Annual report on the lock hospitals of the Madras Presidency
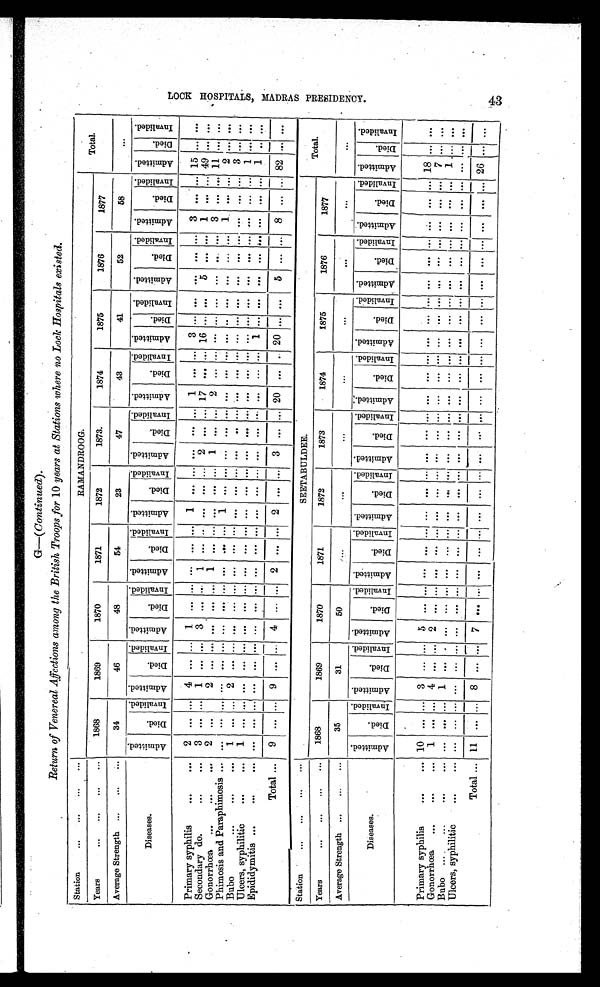
Return of Venereal Affections among the British Troops for 10 years at Stations where no Lock Hospitals existed.
Station
... ... ... ...
RAMANDROOG.
Total.
Years
... ... ... ...
1868
1869
1870
1871
1872
1873.
1874
1875
1876
1877
Average Strength ... ... ...
34
46
48
54
23
47
43
41
52
58
. . .
Diseases.
A d m i t t e d . D i e d . I n v a l i d e d . Ad mi t t e d . D i e d . I n v a l i d e d . A d m i t t e d .
D i e d . I n v a l i d e d . A d m i t t e d .
D i e d . I n v a l i d e d . A d m i t t e d . DDi e d . I n v a l i d e d . A d m i t t e d . Di e d . I n v a l i d e d . A d mi t t e d . Di ed. I n v a l i d e d . Ad mi t t e d . Di ed. I n v a l i d e d .
A d m i t t e d . D i e d . I n v a l i d e d . A d m i t t e d . Di ed. I n v a l i d e d . A d m i t t e d . Di ed. I n v a l i d e d .
Primary syphilis
...
... 2 ... ... 4 ... ... 1 . . . ... ... . . . ... 1 ... ... ... ... .., 1 ... ... 3
... ... ...
... ... 3 ... ... 1 5 . . . . . .
Secondary do.
...
... 3 ... ... 1 . . . ... 3 ... ... 1 . . . ... . . . ... ... 2 ... ... 17 ... ... 16 ... ... 5 . . . ... 1 ... ... 49 ... . . .
Gonorrhœa
. . .
. . .
...
2 ... ... 2 ... ... ... ...... 1 . . . ... . . . ... .... 1 ... ....
2 ... ... ... ... ... ... ... ... 3 ... ... 1 1 . . . . . .
Phimosis and Paraphimosis
. . . ...
... ... ... . . . ... ... ... ... ... ... ... ... 1 ... .... ... ... ... ... ... ... ... ... ... ... . . . ... 1 ... ... 2 .... . . .
Bubo
...
... 1 ... ... 2 . . . ... ... ... ... ... ... ... . . . . ... ... ... ... ... ... ... ... ... ... ... ... ... . . . ... ... 3 . . . . . .
Ulcers, syphilitic ...
... 1 ... ... ... . . . ... ... . . . ... ... . . . .... . . . ... ... ... ... ... ... ... ... ... ... ... ... . . . ... . . . ... ... 1 . . . . . .
Epididymitis ...
...
... ... . . . ... ... . . . ... ... . . . ... ... . . . .... ... ... ... ... ... ... ... ... ... 1 ... ... ... . . . ... . . . ... ... 1 . . .
. . .
Total... 9 ... ... 9 ... ... 4 . . . ... 2 . . . . . . 2 ... ... 3 ... ... 20 ...
...
20
...
...
5 ...
...
8 ...
...
8 2
. . .
. . .
Station
... ... ... ...
SEETABULDEE.
Total.
Years
... ... ...
1868
1869
1870
1871
1872
1873
1874
1875
1876
1877
Average Strength ... ... ...
35
31
50
. . .
. . .
. . .
. . .
. . .
. . .
. . .
. . .
Diseases.
A d m i t t e d .
D i e d . I n v a l i d e d . Ad mi t t e d . D i e d . I n v a l i d e d . A d m i t t e d .
D i e d . I n v a l i d e d .
A d m i t t e d .
D i e d . I n v a l i d e d . A d m i t t e d . Di ed. I n v a l i d e d . A d m i t t e d . D i e d . I n v a l i d e d .
Ad mi t t e d .
Di ed.
I n v a l i d e d . Ad mi t t e d .
D i e d .
I n v a l i d e d . A d m i t t e d .
D i e d .
I n v a l i d e d .
A d m i t t e d .
Di ed.
I n v a l i d e d . A d m i t t e d .
Di ed.
I n v a l i d e d .
Primary syphilis
...
... 10 ... ... 3 . . . ... 5 . . . ... ... . . . ... . . . ... ... ... ... ... ... ... ... ...
... ...
... . . . ... . . . ...
...
18
...
...
Gonorrhœa ...
...
... 1 ... ... 4 ... ... 2 . . . ... . . . . . . ... . . . ... ... . . . ... ... ... ... ... ... ... ... ... . . . ... . . . ... ... 7 ... ...
Bubo .... ...
...
... ... ...
1 ... ... ... ... ... ... ... ...... ... ... ... ... ...... ... ... ... ... ... ... ... ...... ... ... 1 ... ...
Ulcers, syphilitic . . . . . . . . .
... ... ...
. . .
... ... ... ... ... ... ... ...... ... ... ... ... ...... ........... ... ... ... ... ...... ... ... . . .
... ...
Total... 11 ... ... 8 ... ... 7 ...
...
... ... ...... ... ...
...
...
....
... ... ... ... ...
...
... ... ...... ... ... 26
... ...
L O O K H O S P I T A L S M A D R A S P R E S I D I D E N C Y .
4 3